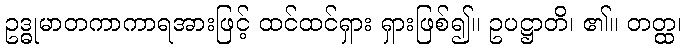
ဥဒ္ဓုမာတကာကာရအားဖြင့် ထင်ထင်ရှား ရှားဖြစ်၍။ ဥပဋ္ဌာတိ၊ ၏။ တတ္ထ၊